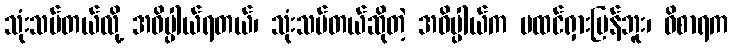
သုံးသပ်တယ်လို့ အဓိပ္ပါယ်ရတယ်၊ သုံးသပ်တယ်ဆိုတဲ့ အဓိပ္ပါယ်က မထင်ရှားပြန်ဘူး၊ ဝိစာရက